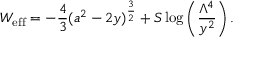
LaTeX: W _ { \mathrm { e f f } } = - \frac { 4 } { 3 } ( a ^ { 2 } - 2 y ) ^ { \frac { 3 } { 2 } } + S \log \left( \frac { \Lambda ^ { 4 } } { y ^ { 2 } } \right) .